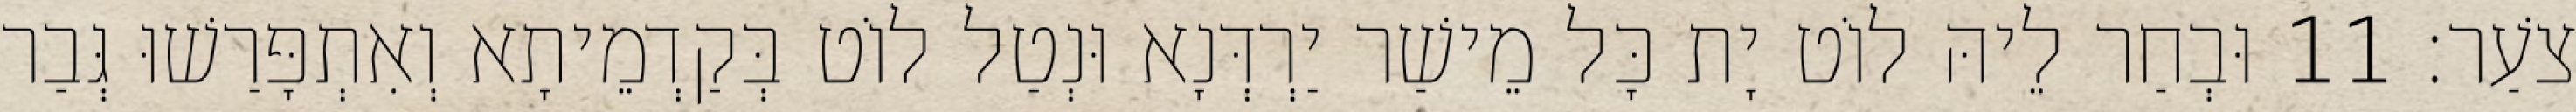
צֹעַר׃ 11 וּבְחַר לֵיהּ לוֹט יָת כָּל מֵישַׁר יַרְדְּנָא וּנְטַל לוֹט בְּקַדְמֵיתָא וְאִתְפָּרַשׁוּ גְּבַר